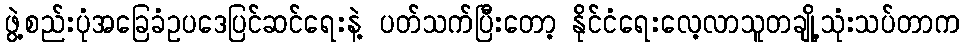
ဖွဲ့စည်းပုံအခြေခံဥပဒေပြင်ဆင်ရေးနဲ့ ပတ်သက်ပြီးတော့ နိုင်ငံရေးလေ့လာသူတချို့သုံးသပ်တာက